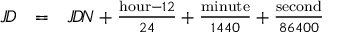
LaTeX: \begin{array} { l l l } { J \! D } & { = } & { J \! D \! N + { \frac { { \mathrm { h o u r } } - 1 2 } { 2 4 } } + { \frac { \mathrm { m i n u t e } } { 1 4 4 0 } } + { \frac { \mathrm { s e c o n d } } { 8 6 4 0 0 } } } \end{array}